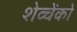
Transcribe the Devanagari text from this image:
शेव्चेंको